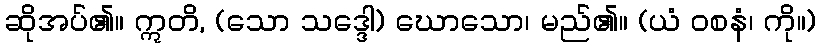
ဆိုအပ်၏။ ဣတိ, (သော သဒ္ဒေါ) ဃောသော၊ မည်၏။ (ယံ ဝစနံ၊ ကို။)